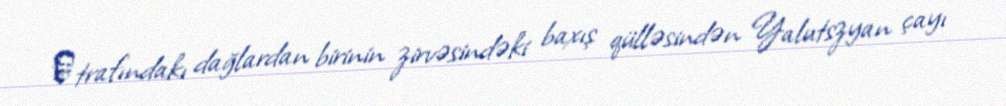
Әtrafındakı dağlardan birinin zirvəsindəki baxış qülləsindən Yalutszyan çayı